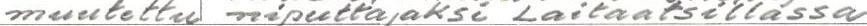
muutettu niputtajaksi Laitaatsillassa